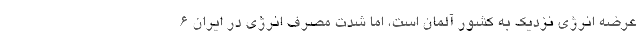
عرضه انرژی نزدیک به کشور آلمان است، اما شدت مصرف انرژی در ایران ۶